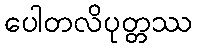
ပေါတလိပုတ္တဿ